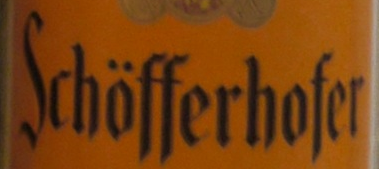
Schofferhofer